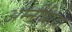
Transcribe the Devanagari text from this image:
अम्नीसिया